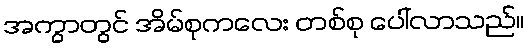
အကွာတွင် အိမ်စုကလေး တစ်စု ပေါ်လာသည်။